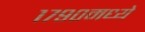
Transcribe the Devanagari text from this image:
१७९०मध्ये